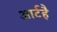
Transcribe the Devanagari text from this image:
आर्टहै